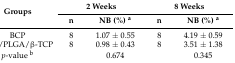
<table><thead><tr><td rowspan="2"><b>Groups</b></td><td colspan="2"><b>2 Weeks</b></td><td colspan="2"><b>8 Weeks</b></td></tr><tr><td><b>n</b></td><td><b>NB (%) <sup>a</sup></b></td><td><b>n</b></td><td><b>NB (%) <sup>a</sup></b></td></tr></thead><tbody><tr><td>BCP</td><td>8</td><td>1.07 ± 0.55</td><td>8</td><td>4.19 ± 0.59</td></tr><tr><td>PCL/PLGA/β-TCP</td><td>8</td><td>0.98 ± 0.43</td><td>8</td><td>3.51 ± 1.38</td></tr><tr><td><i>p</i>-value <sup>b</sup></td><td></td><td>0.674</td><td></td><td>0.345</td></tr></tbody></table>